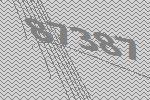
87387